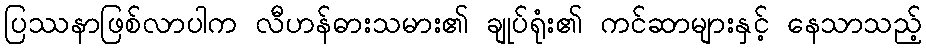
ပြဿနာဖြစ်လာပါက လီဟန်ဓားသမား၏ ချုပ်ရုံး၏ ကင်ဆာများနှင့် နေသာသည့်